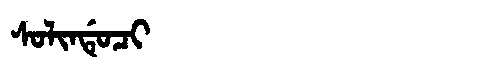
Manchu: ᠰᠣᠯᡳᠨᡩᡠᠴᡳ
Romanization: SOLINDUCI